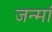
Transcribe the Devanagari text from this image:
जन्मां